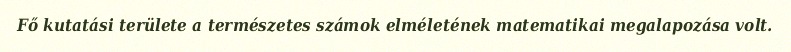
Fő kutatási területe a természetes számok elméletének matematikai megalapozása volt.